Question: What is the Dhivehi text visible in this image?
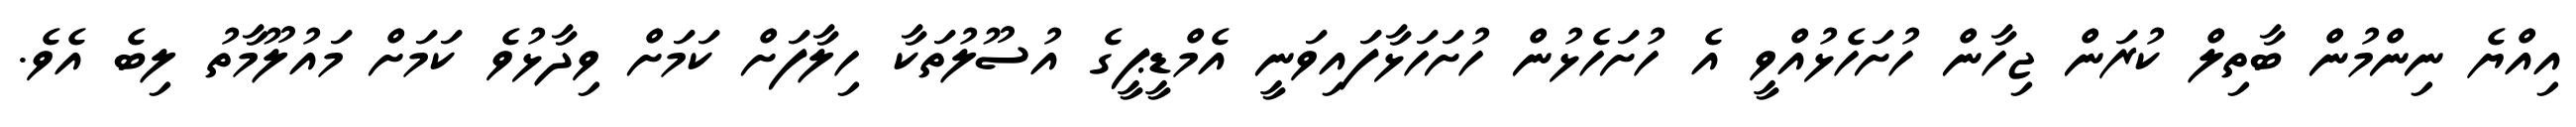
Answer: އިއްޔެ ނިންމުން ބާތިލް ކުރަން ޖިހާން ހުށަހެޅުއްވީ އެ ހުށަހެޅުން ހުށަހަޅާފައިވަނީ އެމްޑީޕީގެ އުސޫލުތަކާ ހިލާފަށް ކަމަށް ވިދާޅުވެ ކަމަށް މައުލޫމާތު ލިބެ އެވެ.